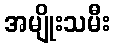
အမျိုးသမီး